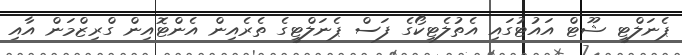
ޕެނަލްޓީ ޝޫޓް އައުޓުގައި އެތުލެޓިކޯގެ ފަސް ޕެނަލްޓީގެ ތެރެއިން އެންޓޮއިން ގްރިޒްމަން އާއި